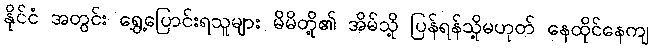
နိုင်ငံ အတွင်း ရွှေ့ပြောင်းရသူများ မိမိတို့၏ အိမ်သို့ ပြန်ရန်သို့မဟုတ် နေထိုင်နေကျ